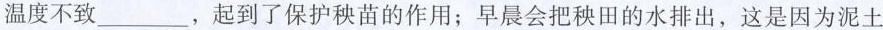
温度不致___，起到了保护秧苗的作用；早晨会把秧田的水排出，这是因为泥土